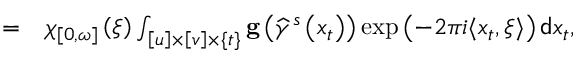
\begin{array} { r l } { = } & { { } \chi _ { \left[ 0 , \omega \right] } \left( \xi \right) \int _ { \left[ u \right] \times \left[ v \right] \times \{ t \} } \mathbf { g } \left( \widehat { \gamma } ^ { s } \left( x _ { t } \right) \right) \exp \left( - 2 \pi i \langle x _ { t } , \xi \rangle \right) \mathsf { d } x _ { t } , } \end{array}